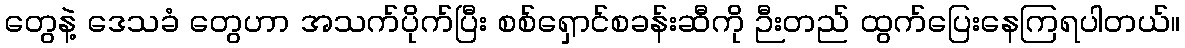
တွေနဲ့ ဒေသခံ တွေဟာ အသက်ပိုက်ပြီး စစ်ရှောင်စခန်းဆီကို ဉီးတည် ထွက်ပြေးနေကြရပါတယ်။